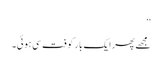
‘‘
مجھے پھر ایک بار کوفت سی ہوئی۔